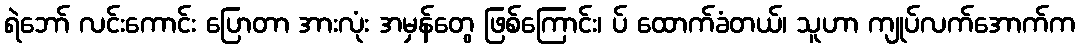
ရဲဘော် လင်းကောင်း ပြောတာ အားလုံး အမှန်တွေ ဖြစ်ကြောင်း၊ ပ် ထောက်ခံတယ်၊ သူဟာ ကျုပ်လက်အောက်က